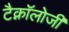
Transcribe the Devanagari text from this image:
टैक्नॉलोजी